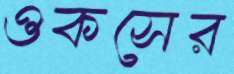
ওকসের